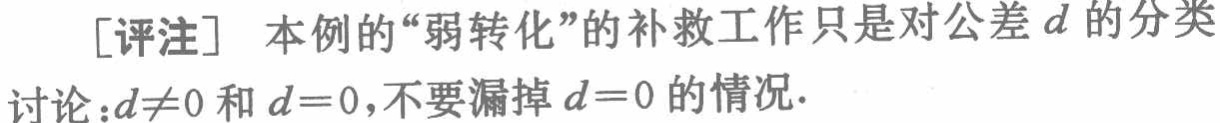
[评注] 本例的“弱转化”的补救工作只是对公差 \(d\) 的分类讨论：\(d\neq0\) 和 \(d = 0\)，不要漏掉 \(d = 0\) 的情况.